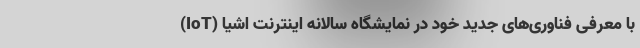
با معرفی فناوری‌های جدید خود در نمایشگاه سالانه اینترنت اشیا (IoT)